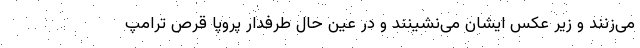
می‌زنند و زیر عکس ایشان می‌نشینند و در عین حال طرفدار پروپا قرص ترامپ